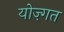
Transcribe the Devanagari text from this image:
योज़्गत